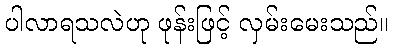
ပါလာရသလဲဟု ဖုန်းဖြင့် လှမ်းမေးသည်။